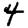
Digit: 4